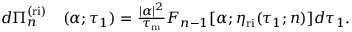
\begin{array} { r l } { d \Pi _ { n } ^ { \mathrm { ( r i ) } } } & { { } ( \alpha ; \tau _ { 1 } ) = \frac { | \alpha | ^ { 2 } } { \tau _ { \mathrm { m } } } F _ { n - 1 } [ \alpha ; \eta _ { \mathrm { r i } } ( \tau _ { 1 } ; n ) ] d \tau _ { 1 } . } \end{array}